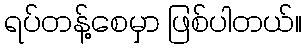
ရပ်တန့်စေမှာ ဖြစ်ပါတယ်။